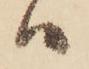
ハ